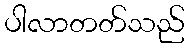
ပါလာတတ်သည်